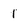
Character: 1